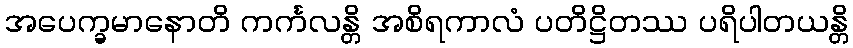
အပေက္ခမာနောတိ ကင်္ကလန္တိ အစိရကာလံ ပတိဋ္ဌိတဿ ပရိပါတယန္တိ